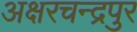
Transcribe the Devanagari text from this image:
अक्षरचन्द्रपुर